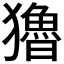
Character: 𤣃